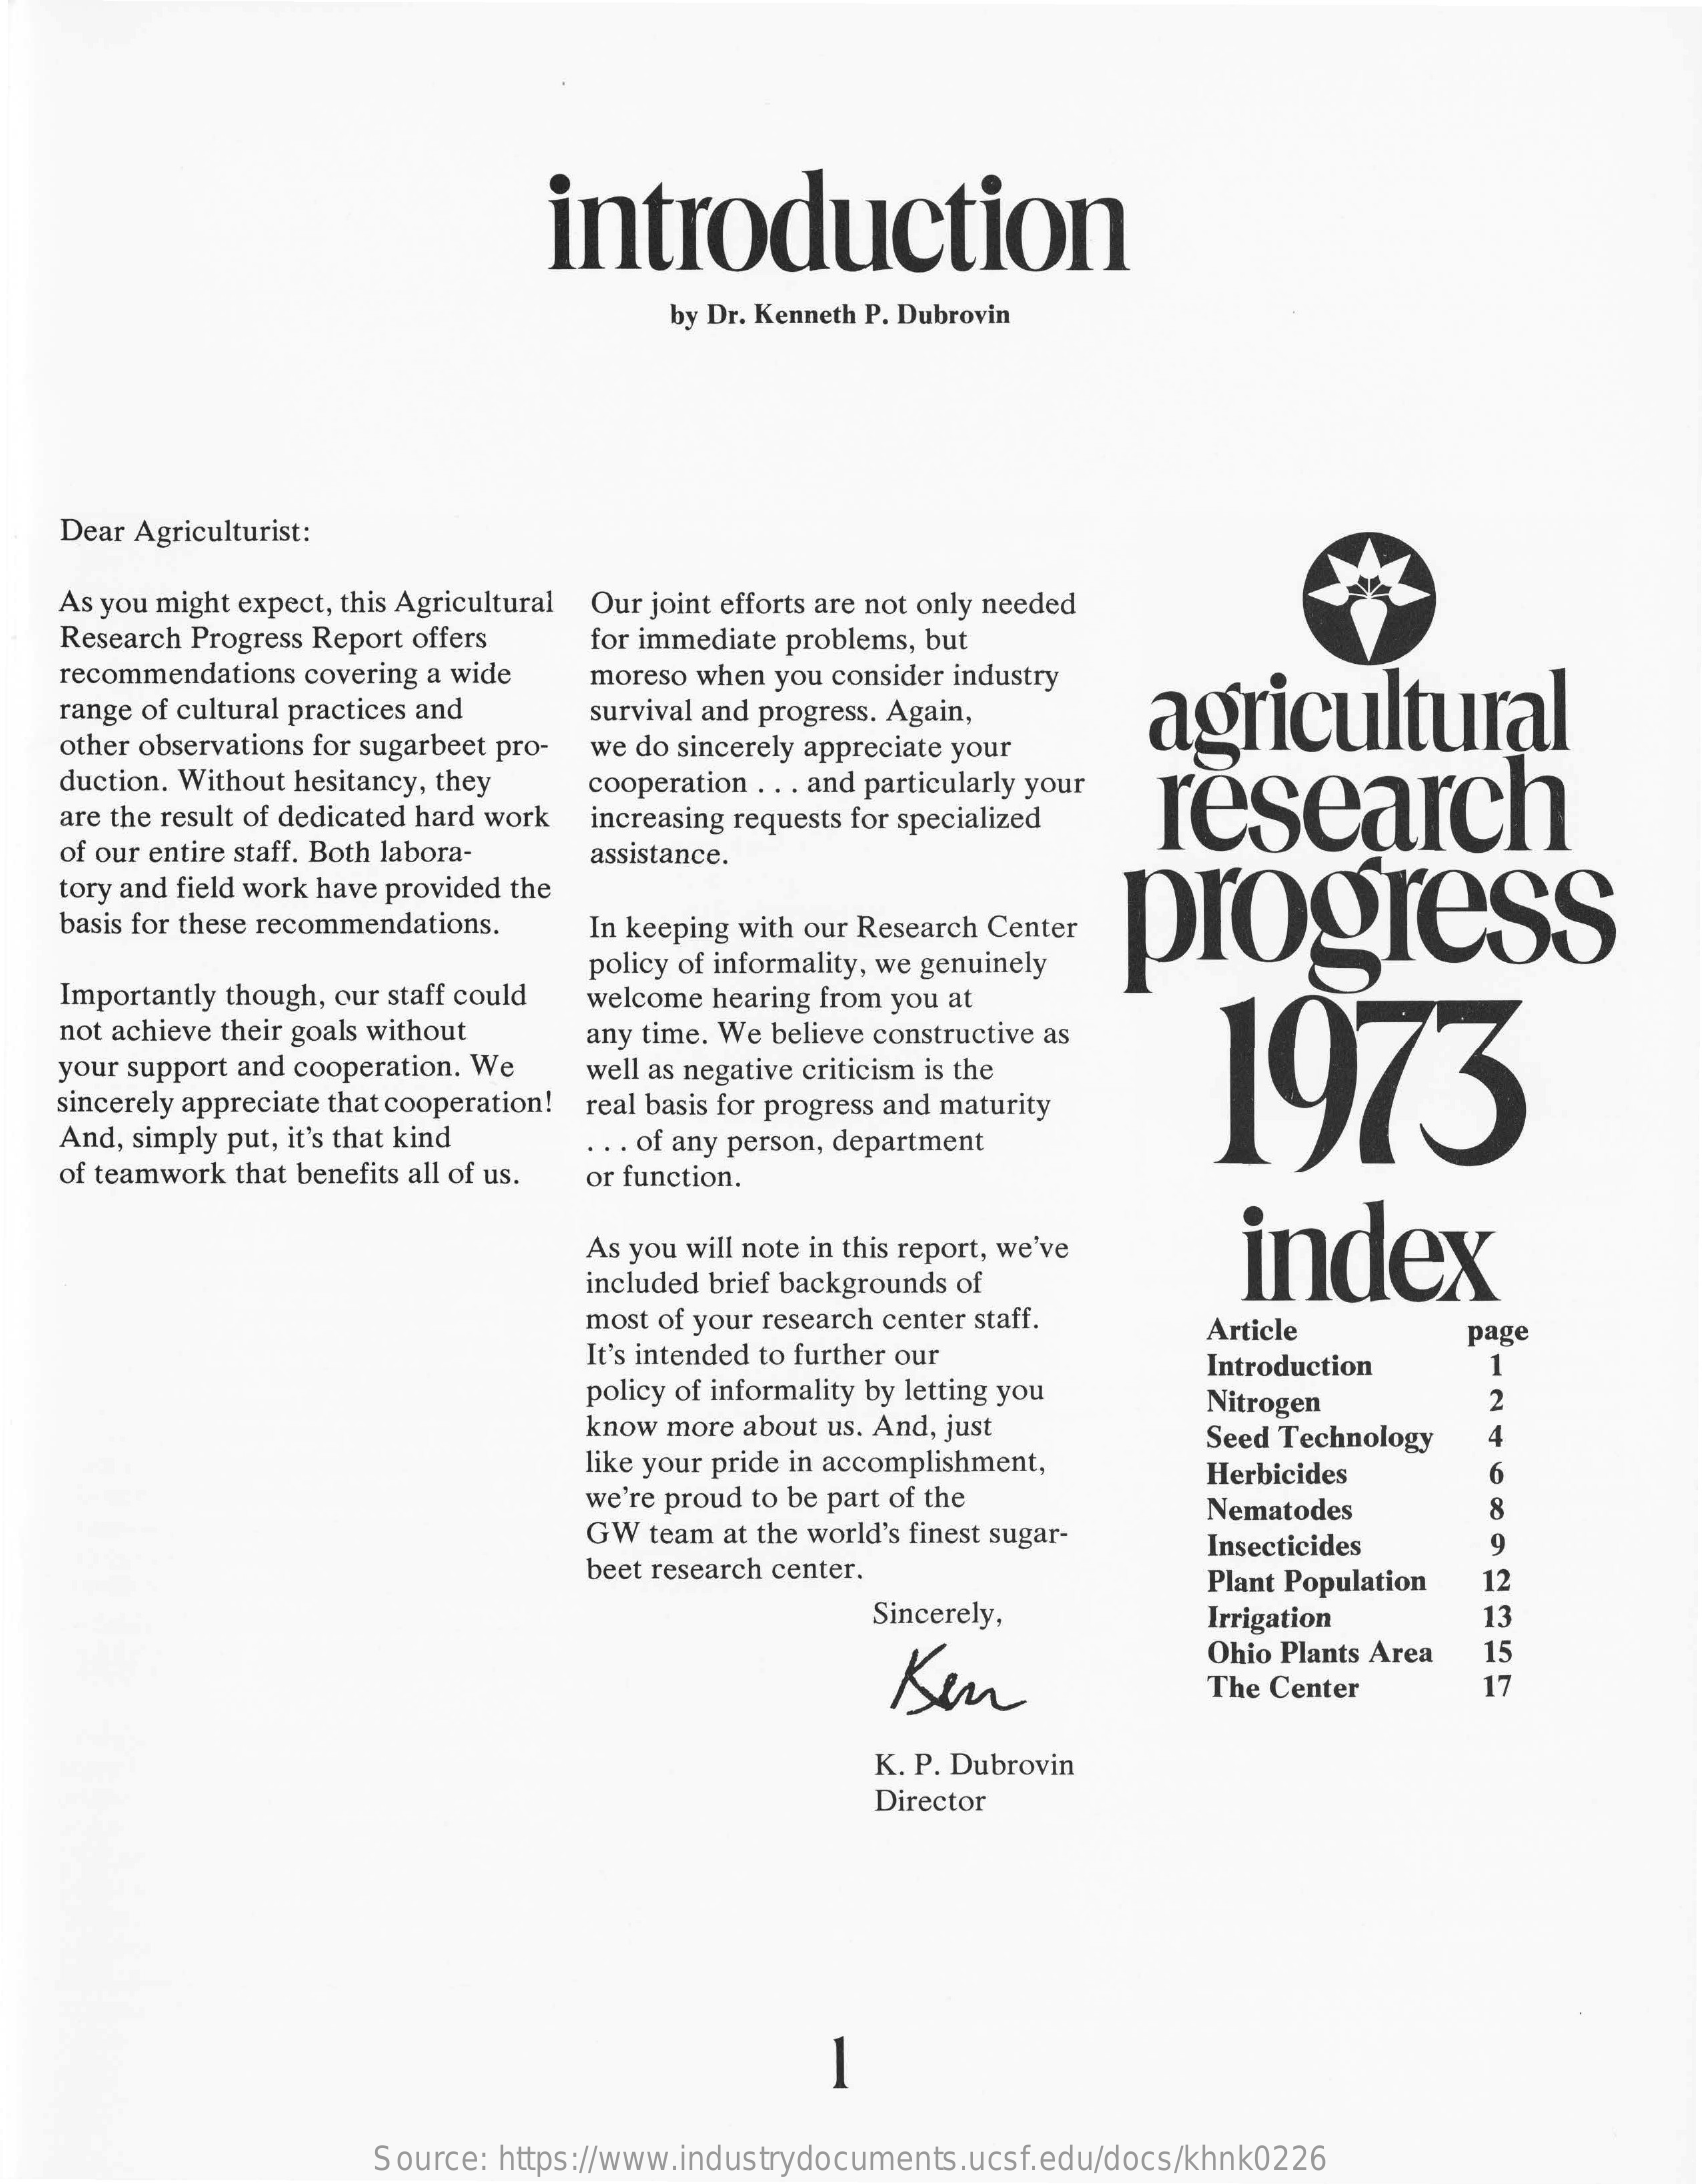
introduction
     by Dr. Kenneth P. Dubrovin
   Dear Agriculturist:
   As you might expect, this Agricultural Our joint efforts are not only needed
   Research Progress Report offers for immediate problems, but
   recommendations covering a wide
   range of cultural practices and
     moreso when you consider industry
     survival and progress. Again, agricultural
   other observations for sugarbeet pro-
   duction. Without hesitancy, they
     we do sincerely appreciate your
   are the result of dedicated hard work
     cooperation . .. and particularly your
     increasing requests for specialized research
   of our entire staff. Both labora- assistance.
   tory and field work have provided the
     progress basis for these recommendations. In keeping with our Research Center
   Importantly though, our staff could
     policy of informality, we genuinely
   not achieve their goals without
     welcome hearing from you at
   your support and cooperation. We
     any time. We believe constructive as
     1973 well as negative criticism is the
   sincerely appreciate that cooperation! real basis for progress and maturity
   And, simply put, it's that kind
   of teamwork that benefits all of us.
     .. . of any person, department
     or function.
     As you will note in this report, we've index
     included brief backgrounds of
     most of your research center staff.
     It's intended to further our
     Article    page
     policy of informality by letting you
     Introduction 1
     know more about us. And, just
     Nitrogen    2
     like your pride in accomplishment,
     Seed Technology 4
     we're proud to be part of the
     Herbicides  6
     GW team at the world's finest sugar-
     Nematodes   8
     Insecticides 9
     beet research center.
     Sincerely,
     Plant Population 12
     Irrigation  13
     Ken
     Ohio Plants Area 15
     The Center  17
     K. P. Dubrovin
     Director
     -
     Source: https://www.industrydocuments.ucsf.edu/docs/khnk0226